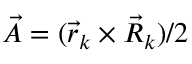
\vec { A } = ( \vec { r } _ { k } \times \vec { R } _ { k } ) / 2